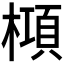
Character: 𬄝